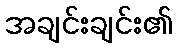
အချင်းချင်း၏